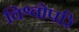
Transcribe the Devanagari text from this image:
विश्वोपरि